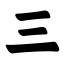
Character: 三